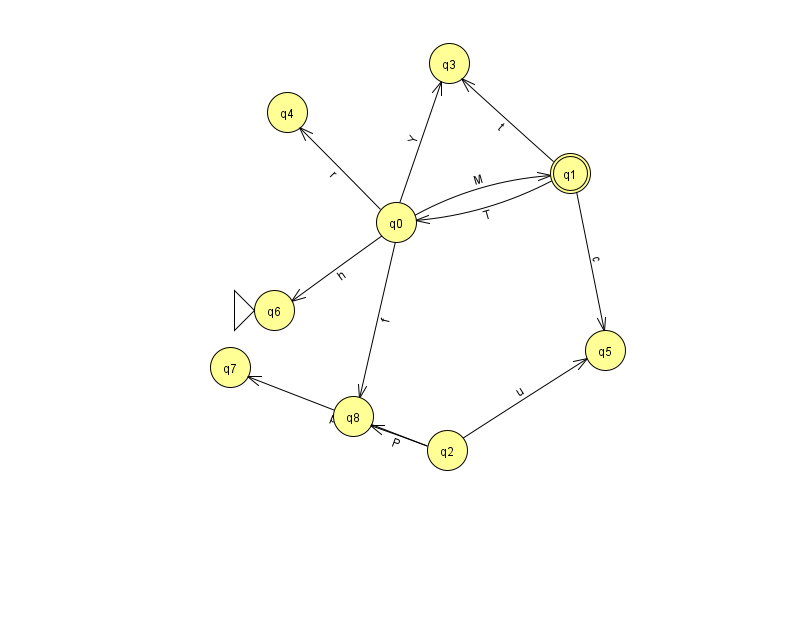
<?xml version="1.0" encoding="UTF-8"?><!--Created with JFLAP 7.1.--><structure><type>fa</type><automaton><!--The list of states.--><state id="0" name="q0"><x>396.0</x><y>209.0</y></state><state id="1" name="q1"><x>570.0</x><y>160.0</y><final/></state><state id="2" name="q2"><x>447.0</x><y>437.0</y></state><state id="3" name="q3"><x>449.0</x><y>50.0</y></state><state id="4" name="q4"><x>287.0</x><y>99.0</y></state><state id="5" name="q5"><x>605.0</x><y>337.0</y></state><state id="6" name="q6"><x>274.0</x><y>297.0</y><initial/></state><state id="7" name="q7"><x>230.0</x><y>354.0</y></state><state id="8" name="q8"><x>353.0</x><y>403.0</y></state><!--The list of transitions.--><transition><from>1</from><to>3</to><read>t</read></transition><transition><from>1</from><to>5</to><read>c</read></transition><transition><from>2</from><to>5</to><read>u</read></transition><transition><from>1</from><to>0</to><read>T</read></transition><transition><from>2</from><to>8</to><read>P</read></transition><transition><from>0</from><to>4</to><read>r</read></transition><transition><from>0</from><to>8</to><read>f</read></transition><transition><from>0</from><to>6</to><read>h</read></transition><transition><from>0</from><to>1</to><read>M</read></transition><transition><from>0</from><to>3</to><read>Y</read></transition><transition><from>2</from><to>7</to><read>p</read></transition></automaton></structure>